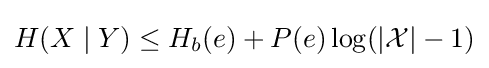
H(X\mid Y)\leq H_{b}(e)+P(e)\log(|{\mathcal {X}}|-1)